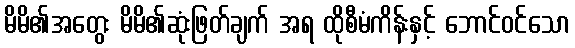
မိမိ၏အတွေး မိမိ၏ဆုံးဖြတ်ချက် အရ ထိုစီမံကိန်းနှင့် ဘောင်ဝင်သော